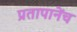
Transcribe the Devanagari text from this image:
प्रतापानेंच